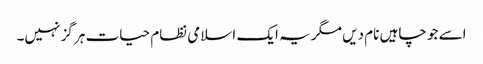
اسے جو چاہیں نام دیں مگر یہ ایک اسلامی نظام حیات ہر گز نہیں۔